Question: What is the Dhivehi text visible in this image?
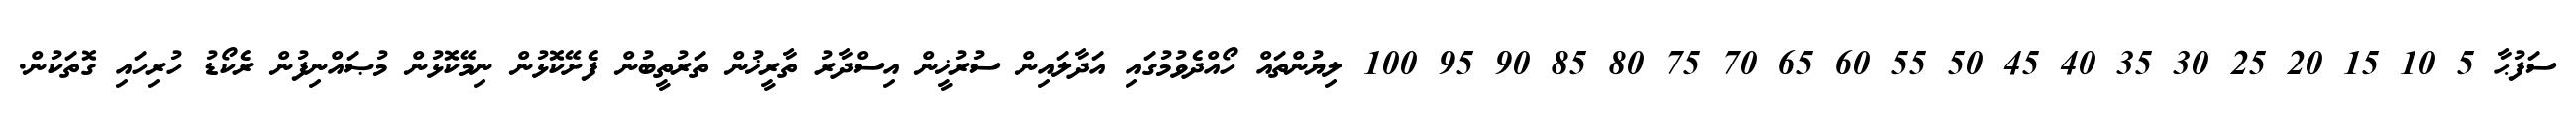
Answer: ސަފުޙާ 5 10 15 20 25 30 35 40 45 50 55 60 65 70 75 80 85 90 95 100 ލިޔުންތައް ހޯއްދެވުމުގައި އަދާލައިން ސުރުޚީން އިސްދާރު ތާރީޚުން ތަރުތީބުން ފެށޭކޮޅުން ނިމޭކޮޅުން މުޞައްނިފުން ރެކޯޑު ހުރިހައި ގޮތަކުން.